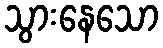
သွားနေသော